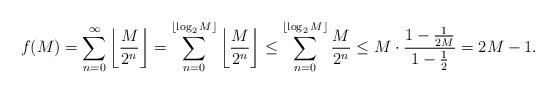
LaTeX: \begin{align*}f(M)=\sum_{n = 0}^\infty\left\lfloor \frac{M}{2^n} \right\rfloor = \sum_{n = 0}^{\lfloor \log_2 M \rfloor}\left\lfloor \frac{M}{2^n} \right\rfloor \leq \sum_{n = 0}^{\lfloor \log_2M \rfloor} \frac{M}{2^n} \leq M \cdot \frac{1-\frac{1}{2M}}{1-\frac{1}{2}}=2M-1.\end{align*}